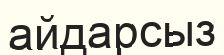
айдарсыз